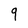
Character: 9